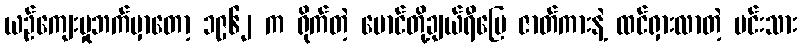
ယဉ်ကျေးမှုဘက်မှာတော့ ၁၉၆၂ က ရိုက်တဲ့ မောင်တို့ချယ်ရီမြေ ဇာတ်ကားနဲ့ ထင်ရှားလာတဲ့ မင်းသား